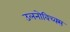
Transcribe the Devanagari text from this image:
उलनोविच्क्स